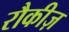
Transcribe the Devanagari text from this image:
रौकीज़